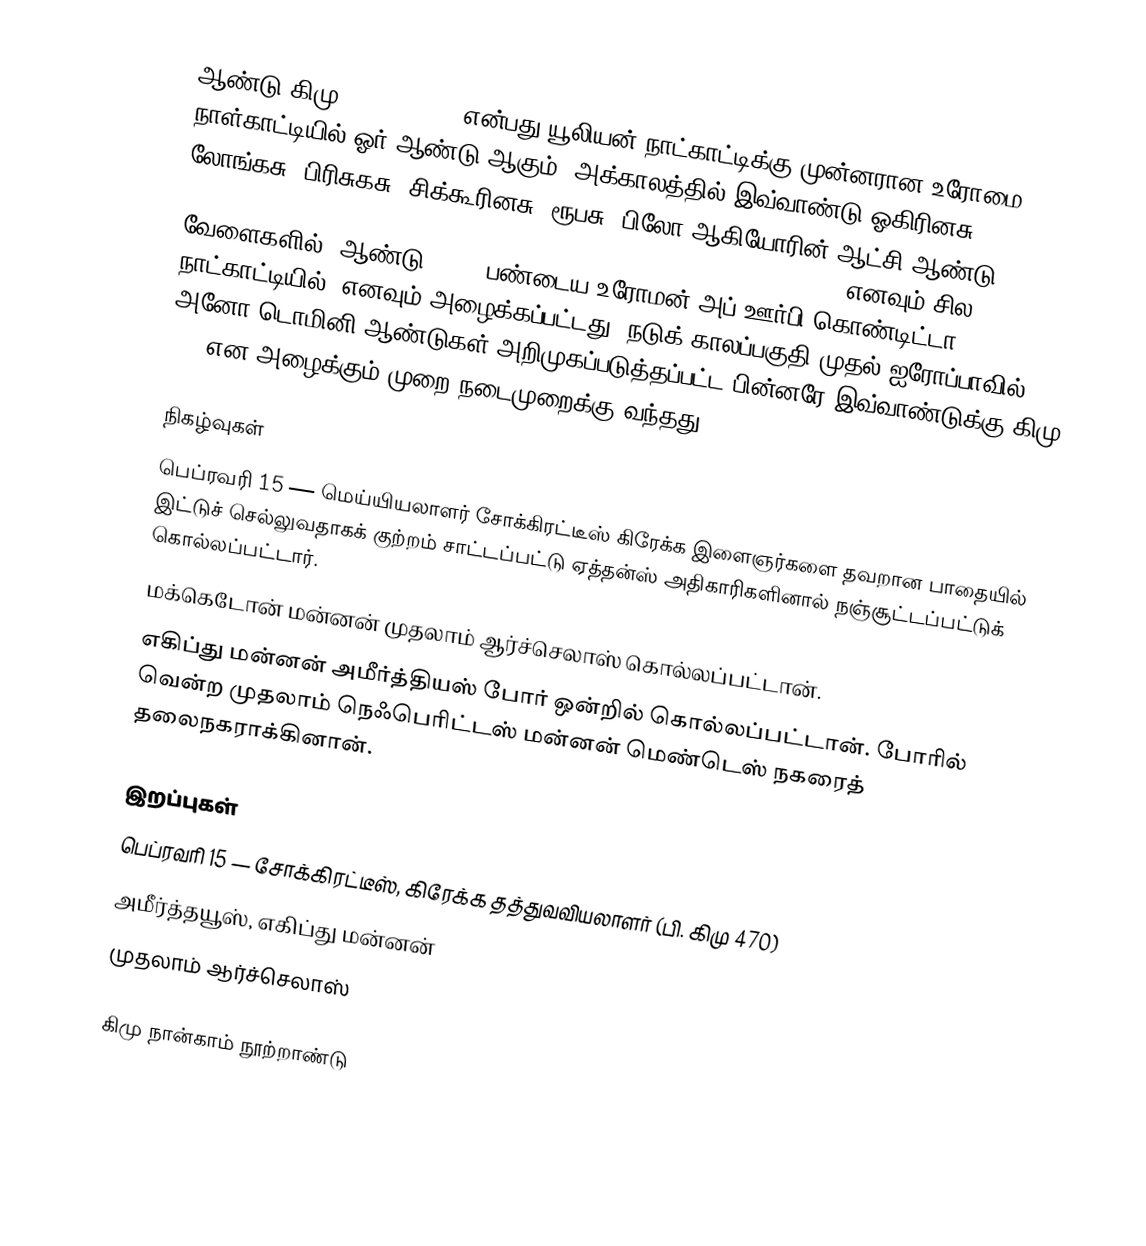
ஆண்டு கிமு 399 (399 BC) என்பது யூலியன் நாட்காட்டிக்கு முன்னரான உரோமை நாள்காட்டியில் ஓர் ஆண்டு ஆகும். அக்காலத்தில் இவ்வாண்டு ஓகிரினசு, லோங்கசு, பிரிசுகசு, சிக்கூரினசு, ரூபசு, பிலோ ஆகியோரின் ஆட்சி ஆண்டு (Year of the Tribunate of Augurinus, Longus, Priscus, Cicurinus, Rufus and Philo) எனவும் சில வேளைகளில் "ஆண்டு 355" (பண்டைய உரோமன் அப் ஊர்பி கொண்டிட்டா நாட்காட்டியில்) எனவும் அழைக்கப்பட்டது.  நடுக் காலப்பகுதி முதல் ஐரோப்பாவில் அனோ டொமினி ஆண்டுகள் அறிமுகப்படுத்தப்பட்ட பின்னரே இவ்வாண்டுக்கு கிமு 399 என அழைக்கும் முறை நடைமுறைக்கு வந்தது.

நிகழ்வுகள்
 பெப்ரவரி 15 — மெய்யியலாளர் சோக்கிரட்டீஸ் கிரேக்க இளைஞர்களை தவறான பாதையில் இட்டுச் செல்லுவதாகக் குற்றம் சாட்டப்பட்டு ஏத்தன்ஸ் அதிகாரிகளினால் நஞ்சூட்டப்பட்டுக் கொல்லப்பட்டார்.
 மக்கெடோன் மன்னன் முதலாம் ஆர்ச்செலாஸ் கொல்லப்பட்டான்.
 எகிப்து மன்னன் அமீர்த்தியஸ் போர் ஒன்றில் கொல்லப்பட்டான். போரில் வென்ற முதலாம் நெஃபெரிட்டஸ் மன்னன் மெண்டெஸ் நகரைத் தலைநகராக்கினான்.

இறப்புகள்
 பெப்ரவரி 15 — சோக்கிரட்டீஸ், கிரேக்க தத்துவவியலாளர் (பி. கிமு 470)
 அமீர்த்தயூஸ், எகிப்து மன்னன்
 முதலாம் ஆர்ச்செலாஸ்

கிமு நான்காம் நூற்றாண்டு